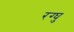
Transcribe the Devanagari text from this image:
रग्घु